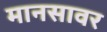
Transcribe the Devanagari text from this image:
मानसावर